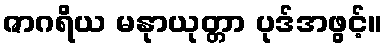
ဇာဂရိယ မနုာယုတ္တာ ပုဒ်အဖွင့်။